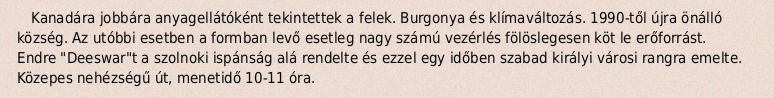
Kanadára jobbára anyagellátóként tekintettek a felek. Burgonya és klímaváltozás. 1990-től újra önálló község. Az utóbbi esetben a formban levő esetleg nagy számú vezérlés fölöslegesen köt le erőforrást. Endre "Deeswar"t a szolnoki ispánság alá rendelte és ezzel egy időben szabad királyi városi rangra emelte. Közepes nehézségű út, menetidő 10-11 óra.